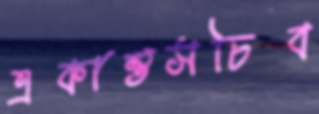
একান্তসচিব